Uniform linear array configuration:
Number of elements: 4
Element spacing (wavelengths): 1
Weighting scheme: hamming
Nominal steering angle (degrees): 45
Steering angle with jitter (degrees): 45.489
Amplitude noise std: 0.05
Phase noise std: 0.05

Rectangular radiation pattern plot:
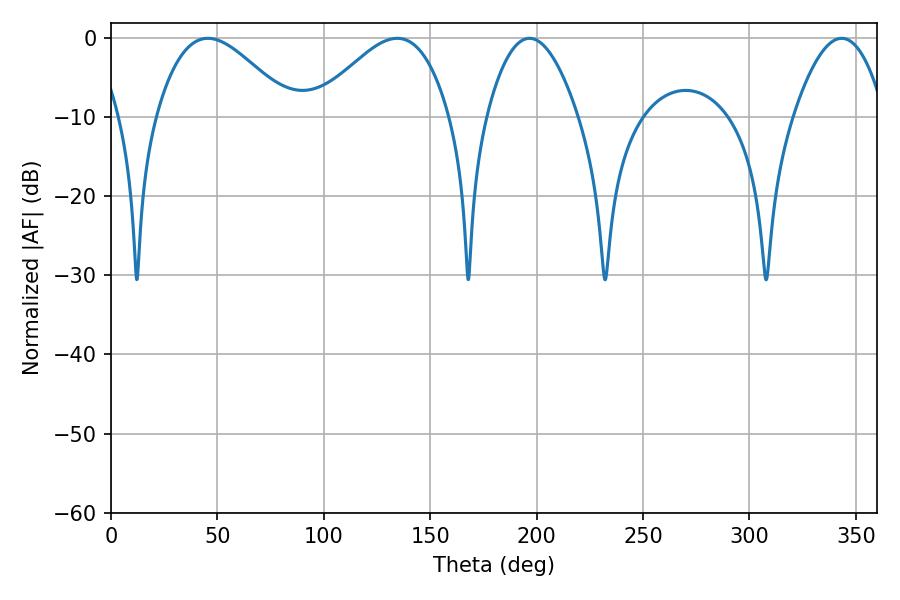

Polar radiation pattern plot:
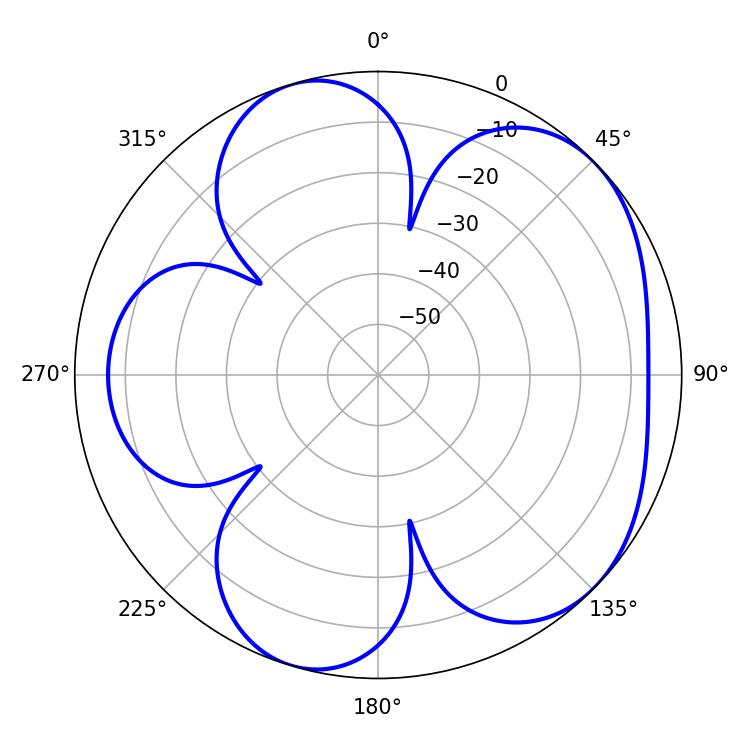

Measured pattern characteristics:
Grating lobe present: TRUE
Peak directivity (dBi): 5.22
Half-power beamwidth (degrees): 34.2
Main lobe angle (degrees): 45.54